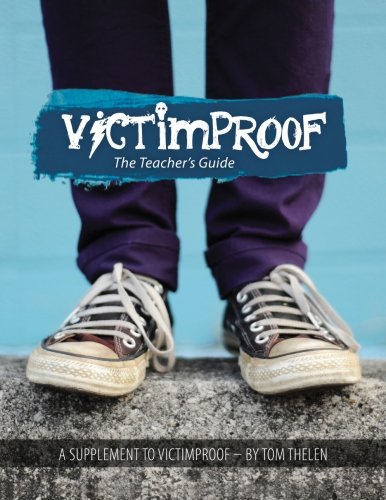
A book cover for Victimproof Teacher's Guide: Anti-Bullying Lesson Plans to Accompany the Victimproof Book and DVD by Tom Thelen; Tom Thelen; Teen & Young Adult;